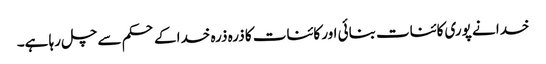
خدا نے پوری کائنات بنائی اور کائنات کا ذرہ ذرہ خدا کے حکم سے چل رہا ہے۔